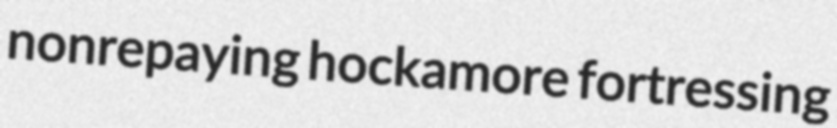
nonrepaying hockamore fortressing